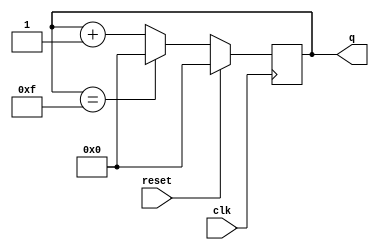
// Build a 4-bit binary counter that counts from 0 through 15, inclusive, with a period of 16. 
// The reset input is synchronous, and should reset the counter to 0.

module top_module (
    input clk,
    input reset,      // Synchronous active-high reset
    output reg [3:0] q);
    
    always @ (posedge clk)
    begin
        if (reset) begin
            q <= 4'b0000;
        end else begin
            q <= (q == 4'd15) ? 0 : q + 1'b1;
        end
    end


endmodule